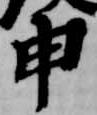
申